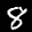
Label: 8